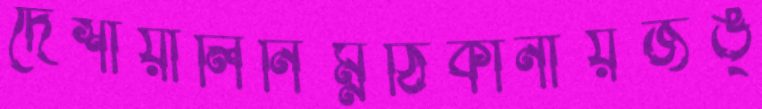
দেশায়ালিনিম্নঠিকানায়জঙ্